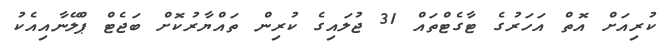
ކުރިއަށް އޮތް އަހަރުގެ ޓާގެޓްތައް 31 ޖުލައިގެ ކުރިން ތައްޔާރުކޮށް ބަޖެޓް ޕްލޭނާއިއެކު